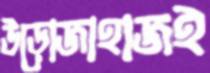
উড়োজাহাজই